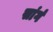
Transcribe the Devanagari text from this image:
सांगं